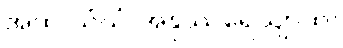
အထ သံဃံ အနုဿရေယျာထ။